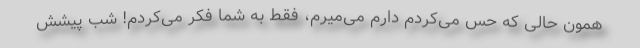
همون حالی که حس می‌کردم دارم می‌میرم، فقط به شما فکر می‌کردم! شب پیشش